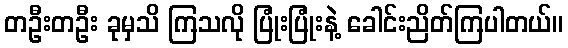
တဦးတဦး ခုမှသိ ကြသလို ပြုံးပြုံးနဲ့ ခေါင်းညိတ်ကြပါတယ်။